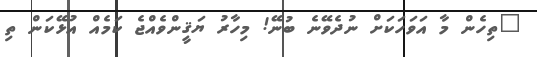
"ތިހެން މާ އަވަހަކަށް ނުދެވޭނެ ބުނޭ! މިހާރު ޔަޤީންވެއްޖެ ކަމެއް އުޅޭކަން ތި